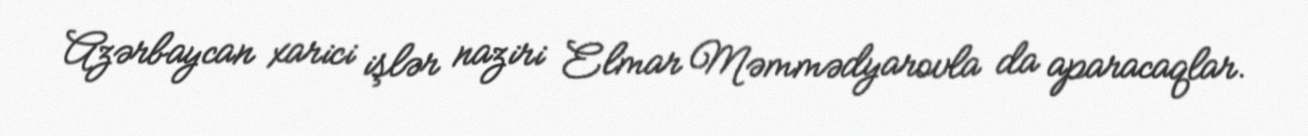
Azərbaycan xarici işlər naziri Elmar Məmmədyarovla da aparacaqlar.